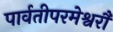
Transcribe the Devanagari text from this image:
पार्वतीपरमेश्वरौ